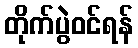
တိုက်ပွဲဝင်ရန်